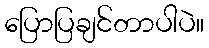
ပြောပြချင်တာပါပဲ။